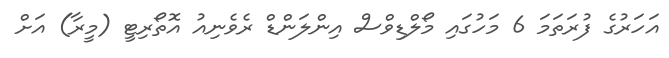
އަހަރުގެ ފުރަތަމަ 6 މަހުގައި މޯލްޑިވްސް އިންލަންޑް ރެވެނިއު އޮތޯރިޓީ (މީރާ) އަށް